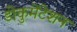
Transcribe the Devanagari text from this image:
डोकुमेंटेशन